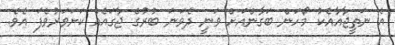
އެ ނަތީޖާއާއެކު މޯހަން ބަގާންއަށް ވަނީ ދެވަނަ ބުރުގެ ޖާގައެއް ކަށަވަރުވެފަ އެވެ.